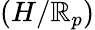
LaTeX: (H/\mathbb{R}_{p})